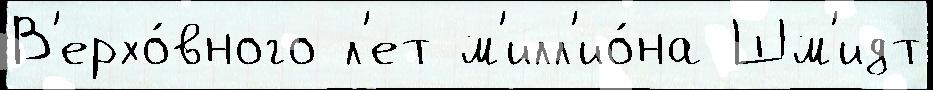
В'ерхо́вного л'ет м'илл'ио́на Шм'идт